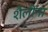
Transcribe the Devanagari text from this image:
शैलींना